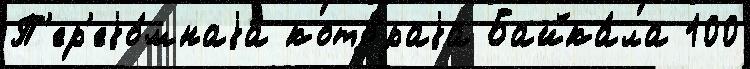
П'ер'еjо́мнаjа кото́раjа Байка́ла 100